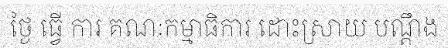
ថ្ងៃ ធ្វើ ការ គណៈកម្មាធិការ ដោះស្រាយ បណ្តឹង